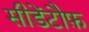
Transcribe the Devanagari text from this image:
सीडेंटौफ़